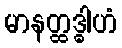
မာနတ္ထဒ္ဓါဟံ